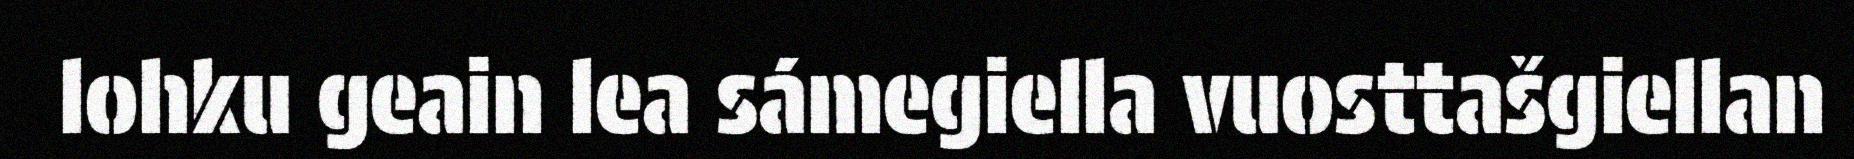
lohku geain lea sámegiella vuosttašgiellan